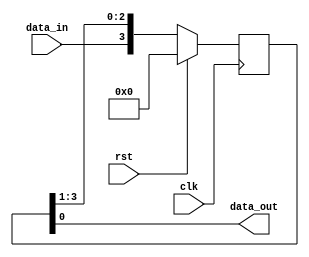
//design file

module rightshift_4bit(clk,rst,data_in,data_out);
  input clk,rst;
  input data_in;
  output data_out;
  
  reg [3:0]temp;
  
  always@(posedge clk)
    begin
      if(rst)
        temp<=4'b0000;
      else
        temp<={data_in,temp[3:1]};
    end
  
  assign data_out=temp[0];
  
endmodule